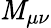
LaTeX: \mathit{M}_{\mu\nu}